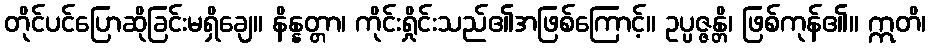
တိုင်ပင်ပြောဆိုခြင်းမရှိချေ။ နိန္နတ္တာ၊ ကိုင်းရှိုင်းသည်၏အဖြစ်ကြောင့်။ ဥပ္ပဇ္ဇန္တိ၊ ဖြစ်ကုန်၏။ ဣတိ၊